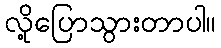
လို့ပြောသွားတာပါ။